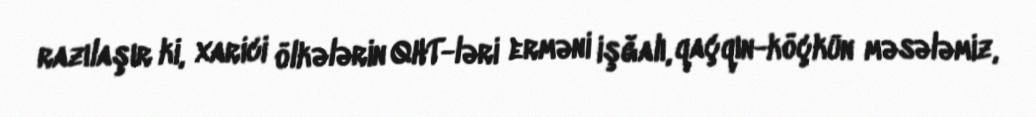
razılaşır ki, xarici ölkələrin QHT-ləri erməni işğalı, qaçqın-köçkün məsələmiz,